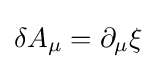
\delta A_{\mu }=\partial _{\mu }\xi